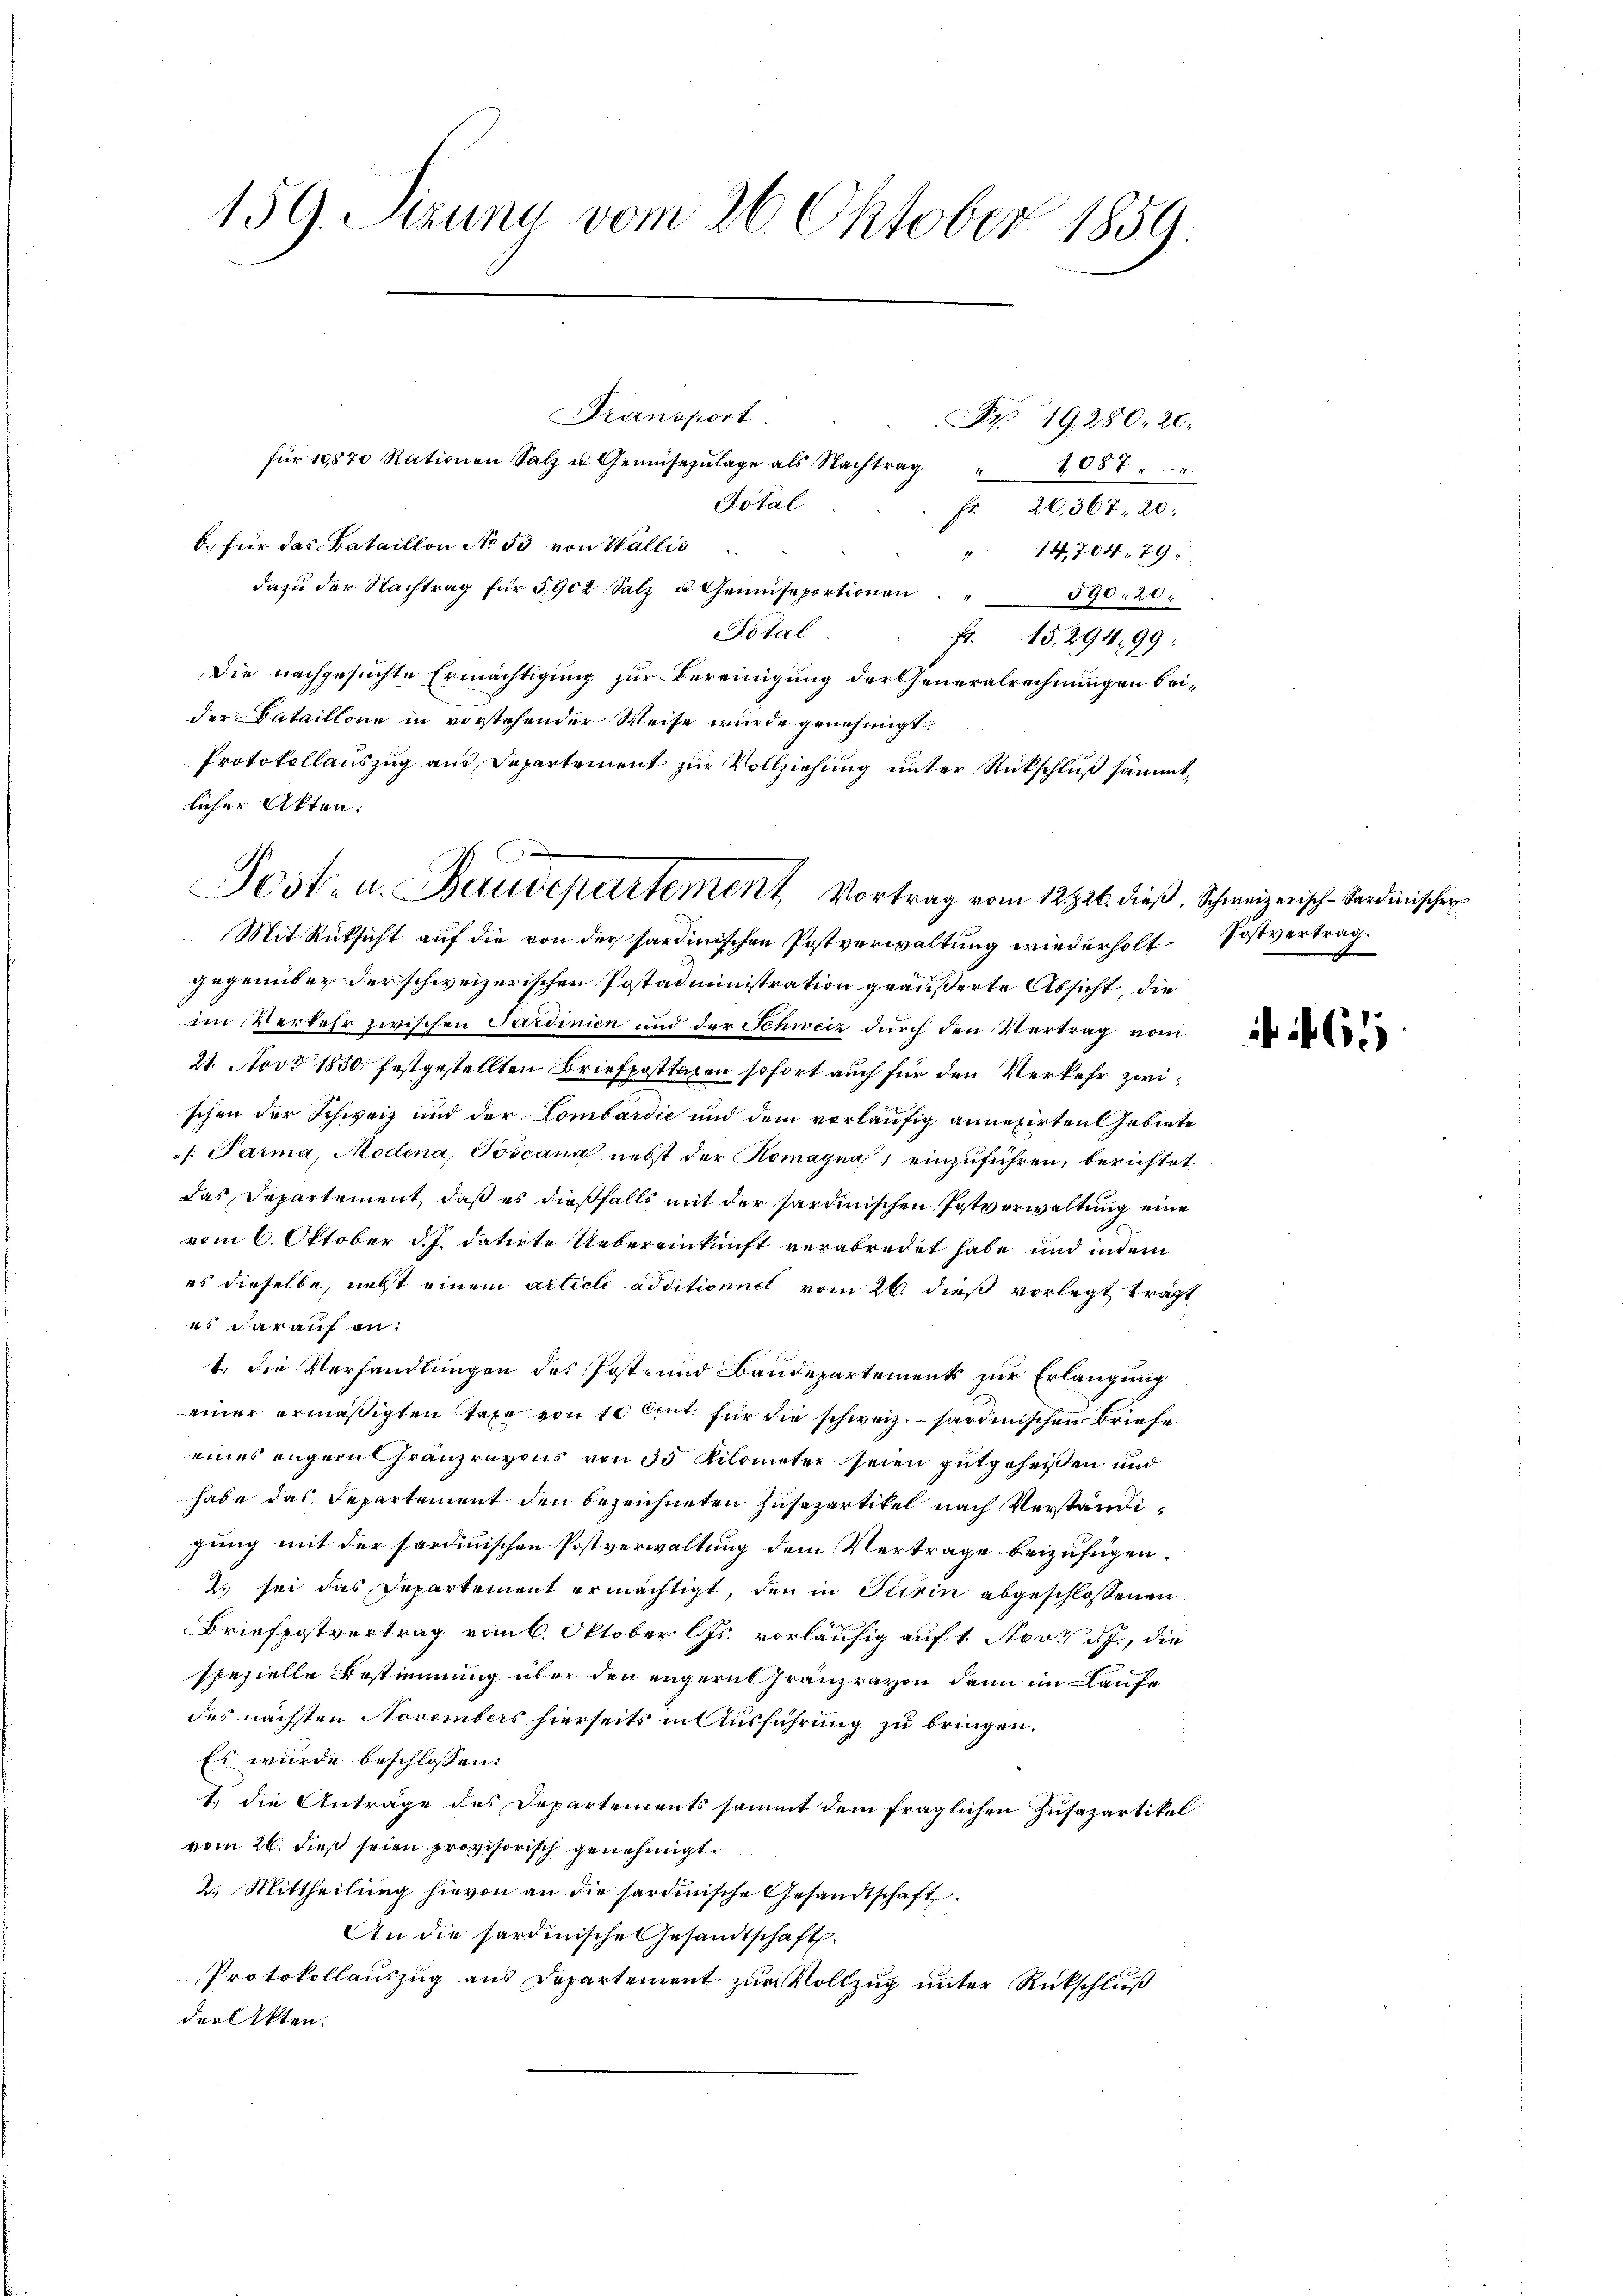
159. Juna vom 26. Oktober 1859.

Transport.
für 10870 Rationen Salz u. Gemüsezŭlage als Nachtrag " 1087
Total
b.) für das Bataillon No 33 von Wallis
dazu der Nachtrag für 5902 Salz u Gemüseportionen
Total
Die nachgesuchte Ermächtigung zur Bereinigung der Generalrechnungen beider Bataillone in vorstehender Weise wurde genehmigt.
Protokollauszug aus Departement zur Vollziehung unter Rückschluß sämmt
licher Akten.
gegenüber der schweizerischen Postadministration geäußerte Absicht, die
im Verkehr zwischen Sardinien und der Schweiz durch den Vertrag vom
21. Nov. 1850 festgestellten Briefposttagen sofort auch für den Verkehr zwischen der Schweiz und der Lombardić und dem vorläufig annexirten Gebiete
/. Parma, Modena, Toscang nebst der Komagna einzuführen, berichtet
das Departement, daß es dießfalls mit der sardinischen Patverwaltung eine
vom 6. Oktober d. J. datirte Uebereinkunft verabredet habe und indem
es dieselbe, nebst einem article additioniel vom 26. dieß vorlegt trägt
es darauf ant. die Verhandlungen des Post- und Baudepartements zur Erlangung
einer ermäßigten Tafe von 10 lit. für die schweiz. sardinischen Briefe
eines engeruthranzravons von 35 Kilometer seien gutgeheißen und
habe das Departement den bezeichneten Zusepartitel nach Verständigung mit der sardinischen Postverwaltung dem Vertrage beizufügen.
l. sei das Departement ermächtigt, den in Turin abgeschlossenen
Briefpostvertrag vom 6. Oktober l. Js. vorläufig auf 1. Nov. d. J., die
spezielle Bestimmung über den engerut Franzravon dann im Laufe
des nächsten Novembers hierseits in Ausführung zu bringen.
Es wurde beschlossen:
1.) die Anträge des Departements sammt dem fraglichen Zusazartikel
vom 26. dieß seien provisorisch genehmigt.
2. Mittheilŭng hievon an die sardinische Gesandtschaft
An die sardinische Gesandtschaft.
Protokollauszug aus Departement zur Vollzug unter Rückschluß
der Akten.

Fr. 20,367. 20.
" 14,704, 79
590. 20.
Fr. 15, 294. 99.

S 19. 280. 20.

Post- u. Baudepartement Vortrag vom 12821. dieß. Schweizerisch-Sardinischen
 Mit Rüksicht auf die von der sardinischen Postverwaltung wiederholt Postvertrag.

61